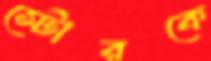
স্টোরকে